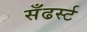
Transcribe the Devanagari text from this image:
सँढर्स्ट